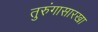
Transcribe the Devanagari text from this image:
तुरुंगासारखा